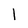
Character: I